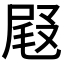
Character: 𡲋